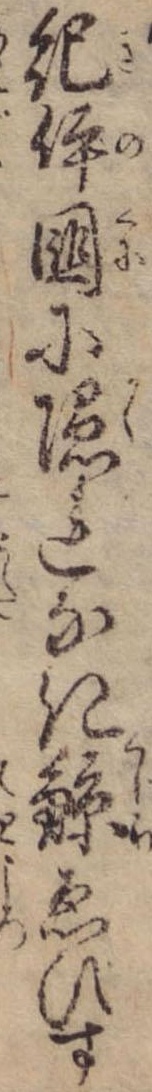
紀伊国に隠れなき鯨ゑひす